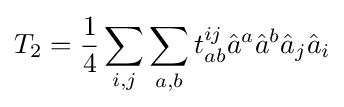
T_{2}={\frac {1}{4}}\sum _{i,j}\sum _{a,b}t_{ab}^{ij}{\hat {a}}^{a}{\hat {a}}^{b}{\hat {a}}_{j}{\hat {a}}_{i}